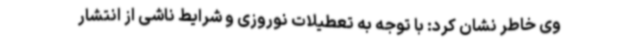
وی خاطر نشان کرد: با توجه به تعطیلات نوروزی و شرایط ناشی از انتشار